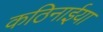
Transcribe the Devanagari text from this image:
कठिनाईया